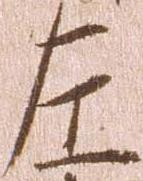
左